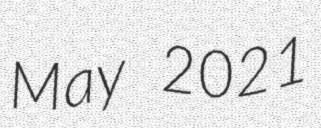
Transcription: May 2021